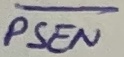
Text: PSEN